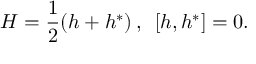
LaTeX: H = \frac 1 2 ( h + h ^ { * } ) \, , \, \, \, \left[ h , h ^ { * } \right] = 0 .